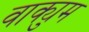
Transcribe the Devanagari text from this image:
वाक्युम